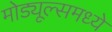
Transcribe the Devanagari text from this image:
मोड्यूल्समध्ये